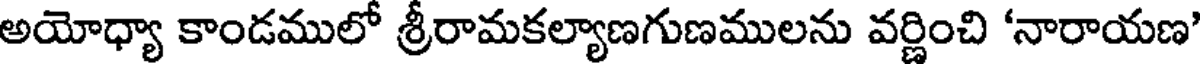
అయోధ్యా కాండములో శ్రీరామకల్యాణగుణములను వర్ణించి 'నారాయణ